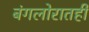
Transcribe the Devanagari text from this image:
बंगलोरातही